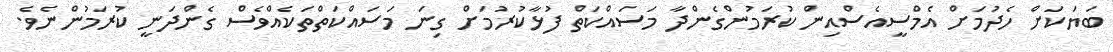
ބަޔަކަށް ހެދުމަށް އެމްސީއެސްއިން ކުރަމުންގެންދާ މަސައްކަތް ފުޅާކުރުމަށް ގިނަ މަސައްކަތްތަކެއްވެސް ގެންދަނީ ކުރަމުންނެވެ.